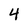
Character: 4